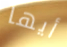
أيها